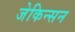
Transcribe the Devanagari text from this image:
जेकिन्सन